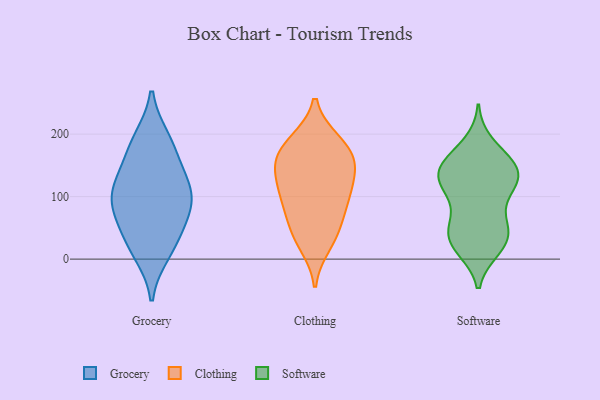
{"axis": {"x": "Population (Million)", "y": "Value"}, "legend": ["Clothing", "Grocery", "Software"], "data": [{"x": "", "y": 22, "type": "Grocery"}, {"x": "", "y": 103, "type": "Grocery"}, {"x": "", "y": 155, "type": "Grocery"}, {"x": "", "y": 71, "type": "Grocery"}, {"x": "", "y": 44, "type": "Grocery"}, {"x": "", "y": 186, "type": "Grocery"}, {"x": "", "y": 129, "type": "Grocery"}, {"x": "", "y": 105, "type": "Grocery"}, {"x": "", "y": 105, "type": "Grocery"}, {"x": "", "y": 192, "type": "Grocery"}, {"x": "", "y": 10, "type": "Grocery"}, {"x": "", "y": 80, "type": "Grocery"}, {"x": "", "y": 91, "type": "Clothing"}, {"x": "", "y": 187, "type": "Clothing"}, {"x": "", "y": 149, "type": "Clothing"}, {"x": "", "y": 188, "type": "Clothing"}, {"x": "", "y": 95, "type": "Clothing"}, {"x": "", "y": 24, "type": "Clothing"}, {"x": "", "y": 149, "type": "Clothing"}, {"x": "", "y": 43, "type": "Clothing"}, {"x": "", "y": 173, "type": "Clothing"}, {"x": "", "y": 130, "type": "Clothing"}, {"x": "", "y": 86, "type": "Clothing"}, {"x": "", "y": 45, "type": "Clothing"}, {"x": "", "y": 118, "type": "Clothing"}, {"x": "", "y": 161, "type": "Clothing"}, {"x": "", "y": 28, "type": "Software"}, {"x": "", "y": 161, "type": "Software"}, {"x": "", "y": 49, "type": "Software"}, {"x": "", "y": 54, "type": "Software"}, {"x": "", "y": 145, "type": "Software"}, {"x": "", "y": 20, "type": "Software"}, {"x": "", "y": 26, "type": "Software"}, {"x": "", "y": 134, "type": "Software"}, {"x": "", "y": 121, "type": "Software"}, {"x": "", "y": 184, "type": "Software"}, {"x": "", "y": 61, "type": "Software"}, {"x": "", "y": 124, "type": "Software"}, {"x": "", "y": 145, "type": "Software"}, {"x": "", "y": 126, "type": "Software"}, {"x": "", "y": 162, "type": "Software"}, {"x": "", "y": 107, "type": "Software"}, {"x": "", "y": 142, "type": "Software"}, {"x": "", "y": 106, "type": "Software"}, {"x": "", "y": 46, "type": "Software"}, {"x": "", "y": 17, "type": "Software"}]}